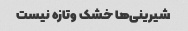
شیرینی‌ها خشک وتازه نیست